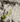
لي